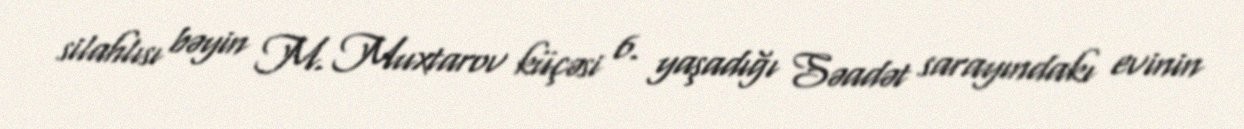
silahlısı bəyin M. Muxtarov küçəsi 6. yaşadığı Səadət sarayındakı evinin